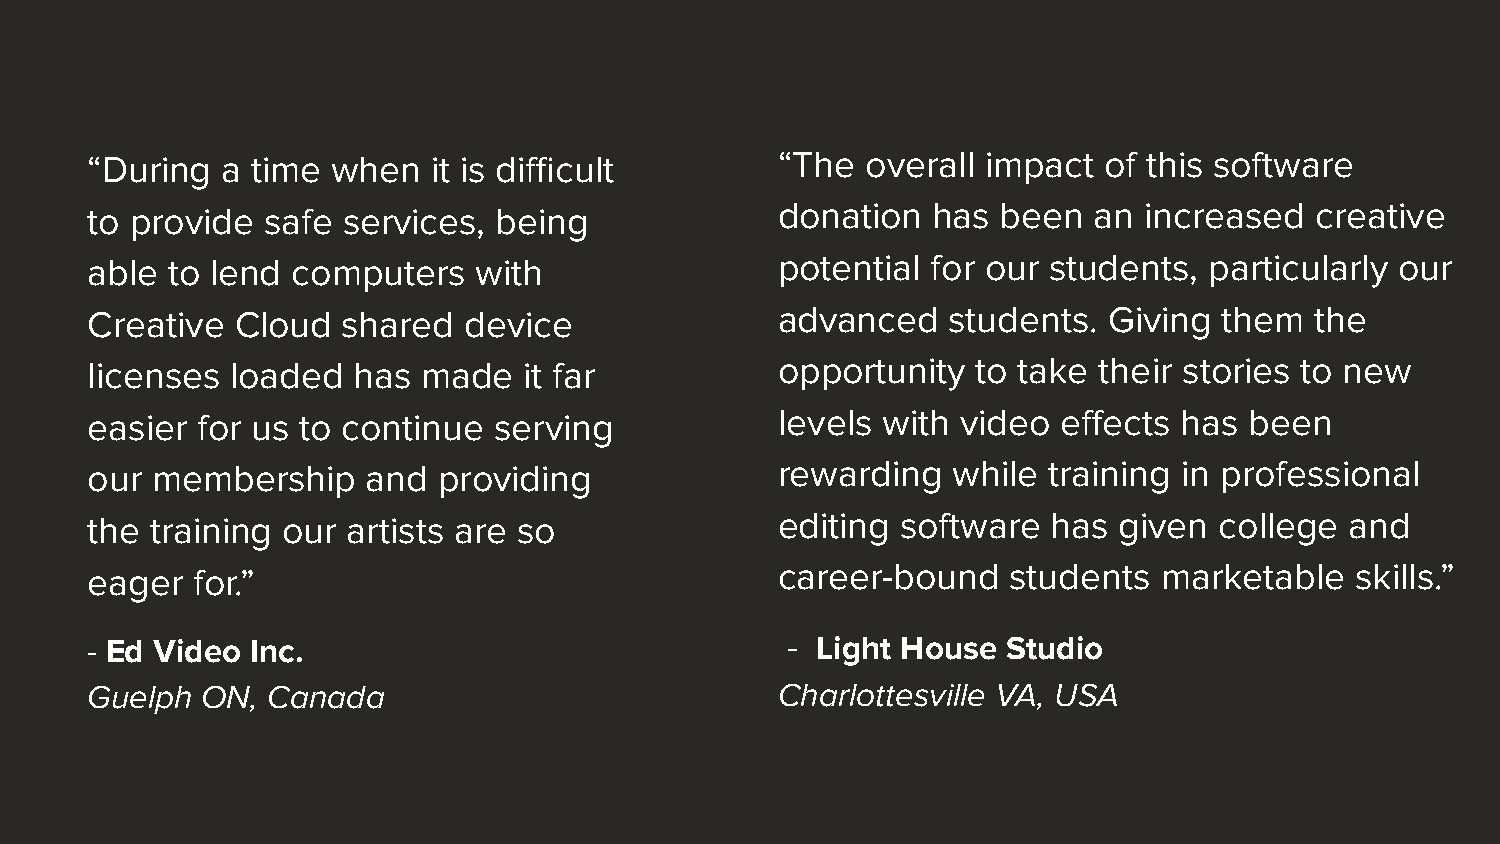
“During  a time when   it is difficult       “The  overall impact  of this software
 to provide safe  services, being             donation   has been  an  increased  creative
 able to lend computers   with                potential  for our students, particularly our
 Creative  Cloud  shared  device              advanced    students. Giving  them  the
 licenses loaded  has  made   it far          opportunity   to take their stories to new
 easier for us to continue  serving           levels with  video effects has  been
 our membership    and  providing             rewarding   while training in professional
 the training our artists are so              editing  software  has given  college and
 eager  for.”                                 career-bound    students  marketable   skills.”
 - Ed Video Inc.                               - Light House  Studio
 Guelph ON,  Canada                           Charlottesville VA, USA